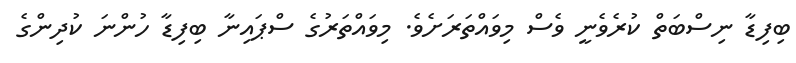
ބިފިޑާ ނިސްބަތް ކުރެވެނީ ވެސް މިވައްތަރަށެވެ. މިވައްތަރުގެ ސްޕައިނާ ބިފިޑާ ހުންނަ ކުދިންގެ